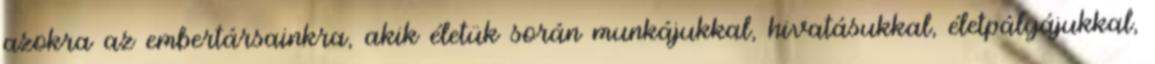
azokra az embertársainkra, akik életük során munkájukkal, hivatásukkal, életpályájukkal,